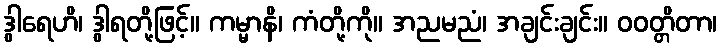
ဒွါရေဟိ၊ ဒွါရတို့ဖြင့်။ ကမ္မာနိ၊ ကံတို့ကို။ အညမညံ၊ အချင်းချင်း။ ဝဝတ္တိတာ၊